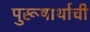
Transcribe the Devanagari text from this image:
पुरूषार्थाची